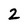
Character: 2